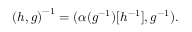
{ ( h , g ) } ^ { - 1 } = ( \alpha ( g ^ { - 1 } ) [ h ^ { - 1 } ] , g ^ { - 1 } ) .